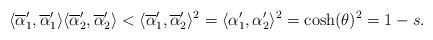
LaTeX: \begin{align*} \langle\overline{\alpha}'_1,\overline{\alpha}'_1\rangle \langle\overline{\alpha}'_2,\overline{\alpha}'_2\rangle< \langle\overline{\alpha}'_1,\overline{\alpha}'_2\rangle^2=\langle\alpha'_1,\alpha'_2\rangle^2=\cosh(\theta)^2=1-s. \end{align*}